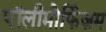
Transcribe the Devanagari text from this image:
पॉलीमोर्फिज़म